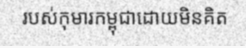
របស់កុមារកម្ពុជាដោយមិនគិត